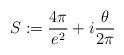
LaTeX: \begin{align*}S := \frac{4\pi}{e^2} + i \frac{\theta}{2\pi}\end{align*}